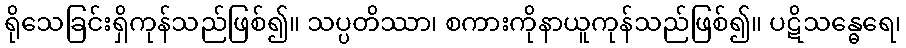
ရိုသေခြင်းရှိကုန်သည်ဖြစ်၍။ သပ္ပတိဿာ၊ စကားကိုနာယူကုန်သည်ဖြစ်၍။ ပဋိသန္ဓေရေ၊